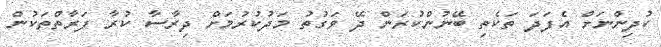
ކުދިންނަށް އެފަދަ ތަކެތި ބޭނުންކުރަން ދޭ ވަގުތު މަދުކުރުމަށް ދިރާސާ ކުރާ ފަރާތްތަކުން